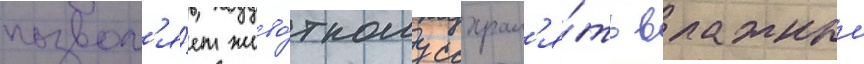
позвол'я́ет живо́тному сохран'я́ть влажныи